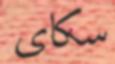
سكاى